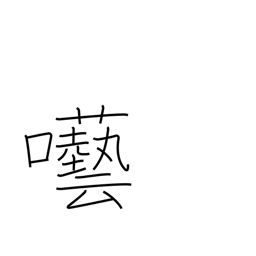
Meaning: foolish talk